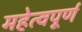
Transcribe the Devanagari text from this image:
महेत्वपूर्ण